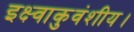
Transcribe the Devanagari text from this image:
इक्ष्वाकुवंशीय।